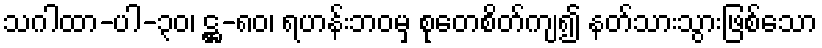
သဂါထာ-ပါ-၃၀၊ ဋ္ဌ-၈၀၊ ရဟန်းဘဝမှ စုတေစိတ်ကျ၍ နတ်သားသွားဖြစ်သော